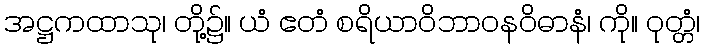
အဋ္ဌကထာသု၊ တို့၌။ ယံ ဧတံ စရိယာဝိဘာဝနဝိဓာနံ၊ ကို။ ဝုတ္တံ၊